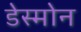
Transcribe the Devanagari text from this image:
डेस्मोन